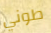
طوني